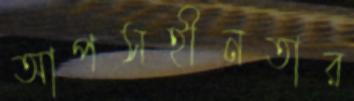
আপসহীনতার